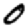
Digit: 0